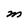
Character: M